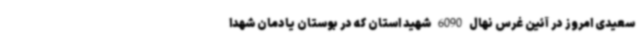
سعیدی امروز در آئین غرس نهال 6090 شهید استان که در بوستان یادمان شهدا